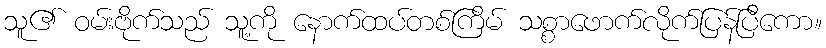
သူ၏ ဝမ်းဗိုက်သည် သူ့ကို နောက်ထပ်တစ်ကြိမ် သစ္စာဖောက်လိုက်ပြန်ပြီကော။